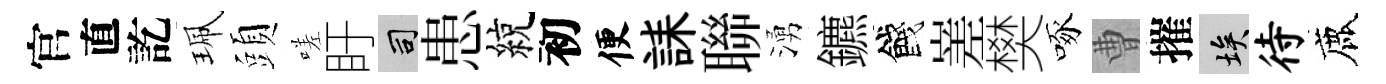
官直訖珮頭嗟盱司患綂初便誄聯湧鑣餞嵳樊啄曹摧埃待鹿